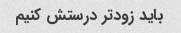
باید زودتر درستش کنیم